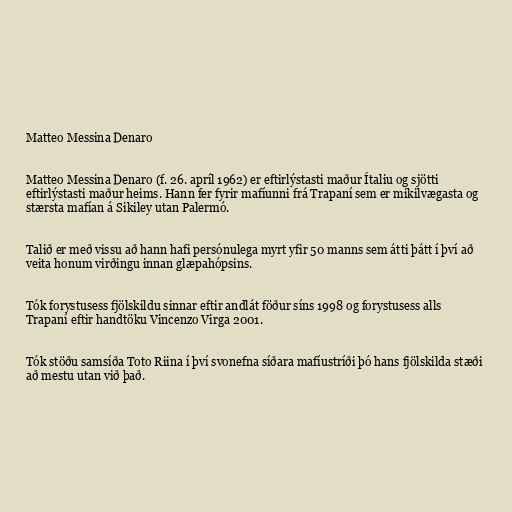
Matteo Messina Denaro

Matteo Messina Denaro (f. 26. apríl 1962) er eftirlýstasti maður Ítaliu og sjötti
eftirlýstasti maður heims. Hann fer fyrir mafíunni frá Trapaní sem er mikilvægasta og
stærsta mafían á Sikiley utan Palermó.

Talið er með vissu að hann hafi persónulega myrt yfir 50 manns sem átti þátt í því að
veita honum virðingu innan glæpahópsins.

Tók forystusess fjölskildu sinnar eftir andlát föður síns 1998 og forystusess alls
Trapaní eftir handtöku Vincenzo Virga 2001.

Tók stöðu samsíða Toto Riina í því svonefna síðara mafíustríði þó hans fjölskilda stæði
að mestu utan við það.